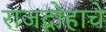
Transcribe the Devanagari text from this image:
राजद्रोहाचे